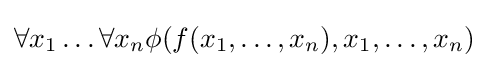
\forall x_{1}\dots \forall x_{n}\phi (f(x_{1},\dots ,x_{n}),x_{1},\dots ,x_{n})